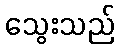
သွေးသည်